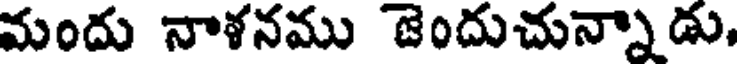
మందు నాళనము జెందుచున్నాడు,